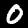
Label: 0